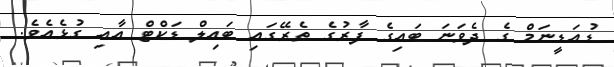
ޑުއަޑީނަމް ގެ ދެވަނަ ބައިގެ ފާރުގެ ތެރޭގައި ބައިލް ޑަކްޓް އާއި ގުޅެއެވެ.